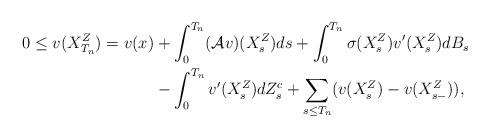
LaTeX: \begin{align*}0\leq v(X_{T_n}^Z) = v(x) &+ \int_0^{T_n}(\mathcal{A}v)(X_s^Z)ds + \int_0^{T_n}\sigma(X_s^Z)v'(X_s^Z)dB_s\\ &-\int_0^{T_n}v'(X_s^Z)dZ_s^c + \sum_{s\leq T_n}(v(X_s^Z)-v(X_{s-}^Z)),\end{align*}